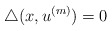
\begin{align*} \triangle (x,u^{(m)}) = 0 \end{align*}